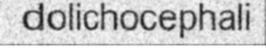
dolichocephali